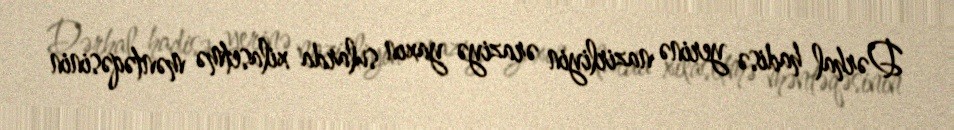
Dərhal hadisə yerinə nazirliyin əraziyə yaxın sularda xilasetmə məntəqəsinin